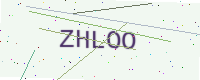
Text: ZHLOO